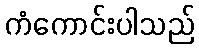
ကံကောင်းပါသည်